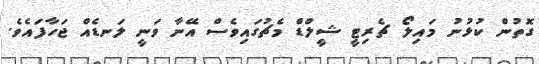
ގޮތުން ކުޅުނު މައިލޯ ޗެރިޓީ ޝީލްޑް މެޗުގައިވެސް އޭނާ ވަނީ ލަނޑެއް ޖަހާފައެވެ.